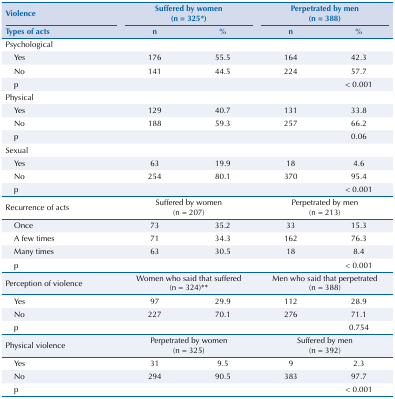
| Violence | <COLSPAN=2> Suffered by women (n = 325*) | <COLSPAN=2> Perpetrated by men (n = 388) |
 | Types of acts | n | % | n | % |
 | --- | --- | --- | --- | --- |
 | Psychological |  |  |  |  |
 | Yes | 176 | 55.5 | 164 | 42.3 |
 | No | 141 | 44.5 | 224 | 57.7 |
 | p |  |  |  | < 0.001 |
 | Physical |  |  |  |  |
 | Yes | 129 | 40.7 | 131 | 33.8 |
 | No | 188 | 59.3 | 257 | 66.2 |
 | p |  |  |  | 0.06 |
 | Sexual |  |  |  |  |
 | Yes | 63 | 19.9 | 18 | 4.6 |
 | No | 254 | 80.1 | 370 | 95.4 |
 | p |  |  |  | < 0.001 |
 | Recurrence of acts | <COLSPAN=2> Suffered by women (n = 207) | <COLSPAN=2> Perpetrated by men (n = 213) |
 | Once | 73 | 35.2 | 33 | 15.3 |
 | A few times | 71 | 34.3 | 162 | 76.3 |
 | Many times | 63 | 30.5 | 18 | 8.4 |
 | p |  |  |  | < 0.001 |
 | Perception of violence | <COLSPAN=2> Women who said that suffered (n = 324)** | <COLSPAN=2> Men who said that perpetrated (n = 388) |
 | Yes | 97 | 29.9 | 112 | 28.9 |
 | No | 227 | 70.1 | 276 | 71.1 |
 | p |  |  |  | 0.754 |
 | Physical violence | <COLSPAN=2> Perpetrated by women (n = 325) | <COLSPAN=2> Suffered by men (n = 392) |
 | Yes | 31 | 9.5 | 9 | 2.3 |
 | No | 294 | 90.5 | 383 | 97.7 |
 | p |  |  |  | < 0.001 |